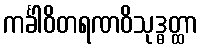
ကင်္ခါဝိတရဏဝိသုဒ္ဓတ္ထာ